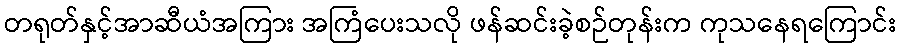
တရုတ်နှင့်အာဆီယံအကြား အကြံပေးသလို ဖန်ဆင်းခဲ့စဉ်တုန်းက ကုသနေရကြောင်း